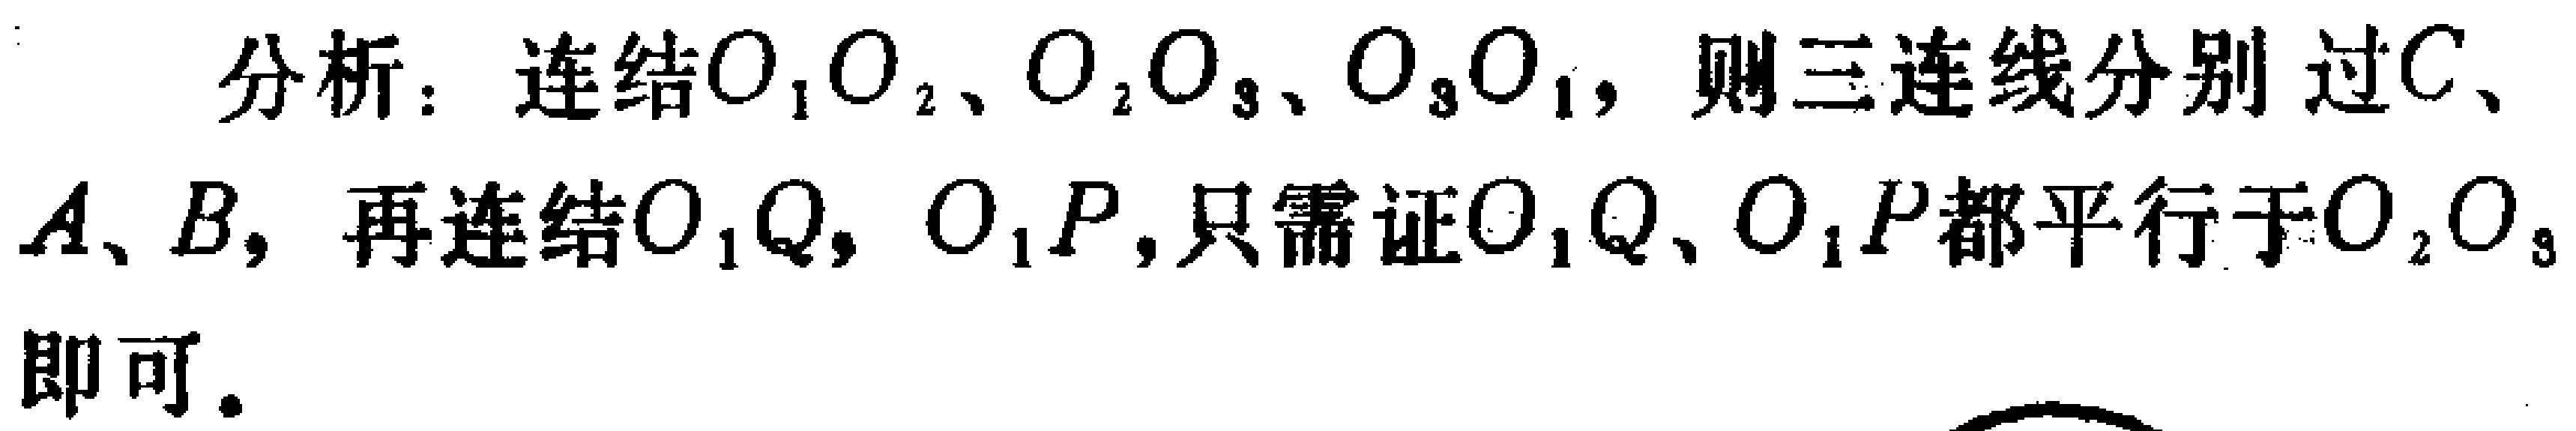
分析：连结\(O_1O_2\)、\(O_2O_3\)、\(O_3O_1\)，则三连线分别过\(C\)、\(A\)、\(B\)，再连结\(O_1Q\)，\(O_1P\)，只需证\(O_1Q\)、\(O_1P\)都平行于\(O_2O_3\)即可。